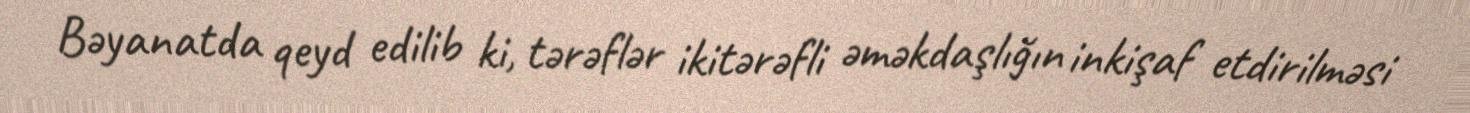
Bəyanatda qeyd edilib ki, tərəflər ikitərəfli əməkdaşlığın inkişaf etdirilməsi